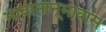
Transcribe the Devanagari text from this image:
भावानानूभावास